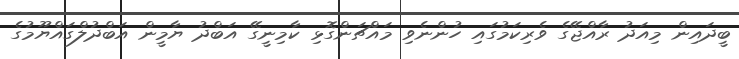
ބީދައިން މިއަދު ރާއްޖޭގެ ވެރިކަމުގައި ހުންނެވި މައްޗަންގޮޅި ކާމިނީގޭ އަބްދު ޔާމީން އަބްދުލްގައްޔޫމުގެ